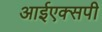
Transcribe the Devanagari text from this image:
आईएक्सपी